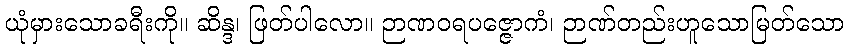
ယုံမှားသောခရီးကို။ ဆိန္ဒ၊ ဖြတ်ပါလော။ ဉာဏဝရပဇ္ဇောကံ၊ ဉာဏ်တည်းဟူသောမြတ်သော